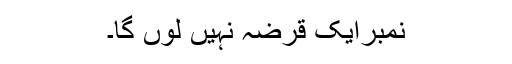
نمبرایک قرضہ نہیں لوں گا۔